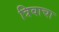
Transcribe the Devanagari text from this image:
त्रिवाचा